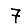
Digit: 7